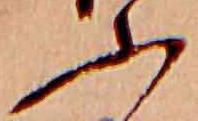
ふ